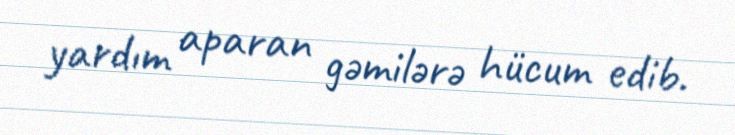
yardım aparan gəmilərə hücum edib.